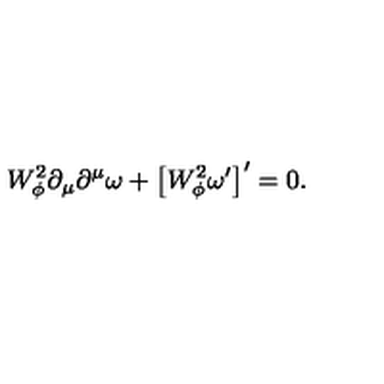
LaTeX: W _ { \phi } ^ { 2 } \partial _ { \mu } \partial ^ { \mu } \omega + \left[ W _ { \phi } ^ { 2 } \omega ^ { \prime } \right] ^ { \prime } = 0 .